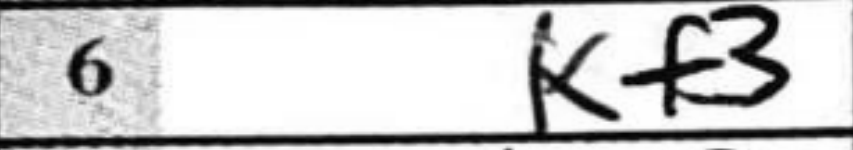
Transcription: Kf3